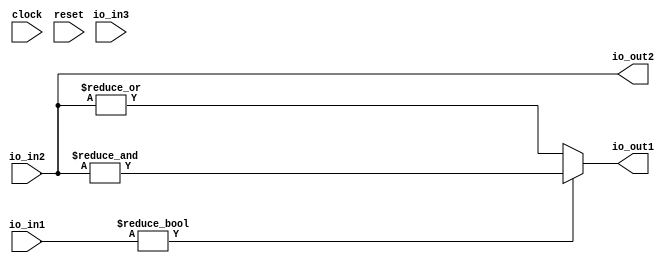
module coverage(
  input        clock,
  input        reset,
  input  [3:0] io_in1,
  input  [3:0] io_in2,
  input  [1:0] io_in3,
  output       io_out1,
  output [3:0] io_out2
);
  wire  _T = io_in1 != 4'h0;
  wire  _T_1 = &io_in2;
  wire  _T_2 = |io_in2;
  assign io_out1 = _T ? _T_1 : _T_2;
  assign io_out2 = io_in2;
endmodule